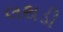
લથડી